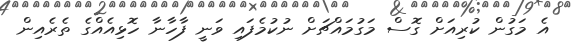
އެ މަގުން ކުރިއަށް ގޮސް މަގުމައްޗަށް ނުކުމެފައި ވަނީ ފާހާނާ ހޮޅިއެއްގެ ތެރެއިން